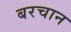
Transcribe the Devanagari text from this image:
बरचान